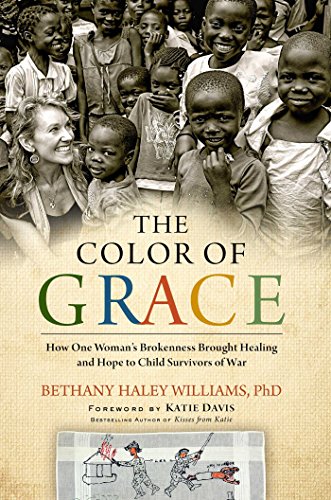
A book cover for The Color of Grace: How One Woman's Brokenness Brought Healing and Hope to Child Survivors of War; Bethany Haley Williams; Politics & Social Sciences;